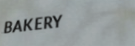
BAKERY